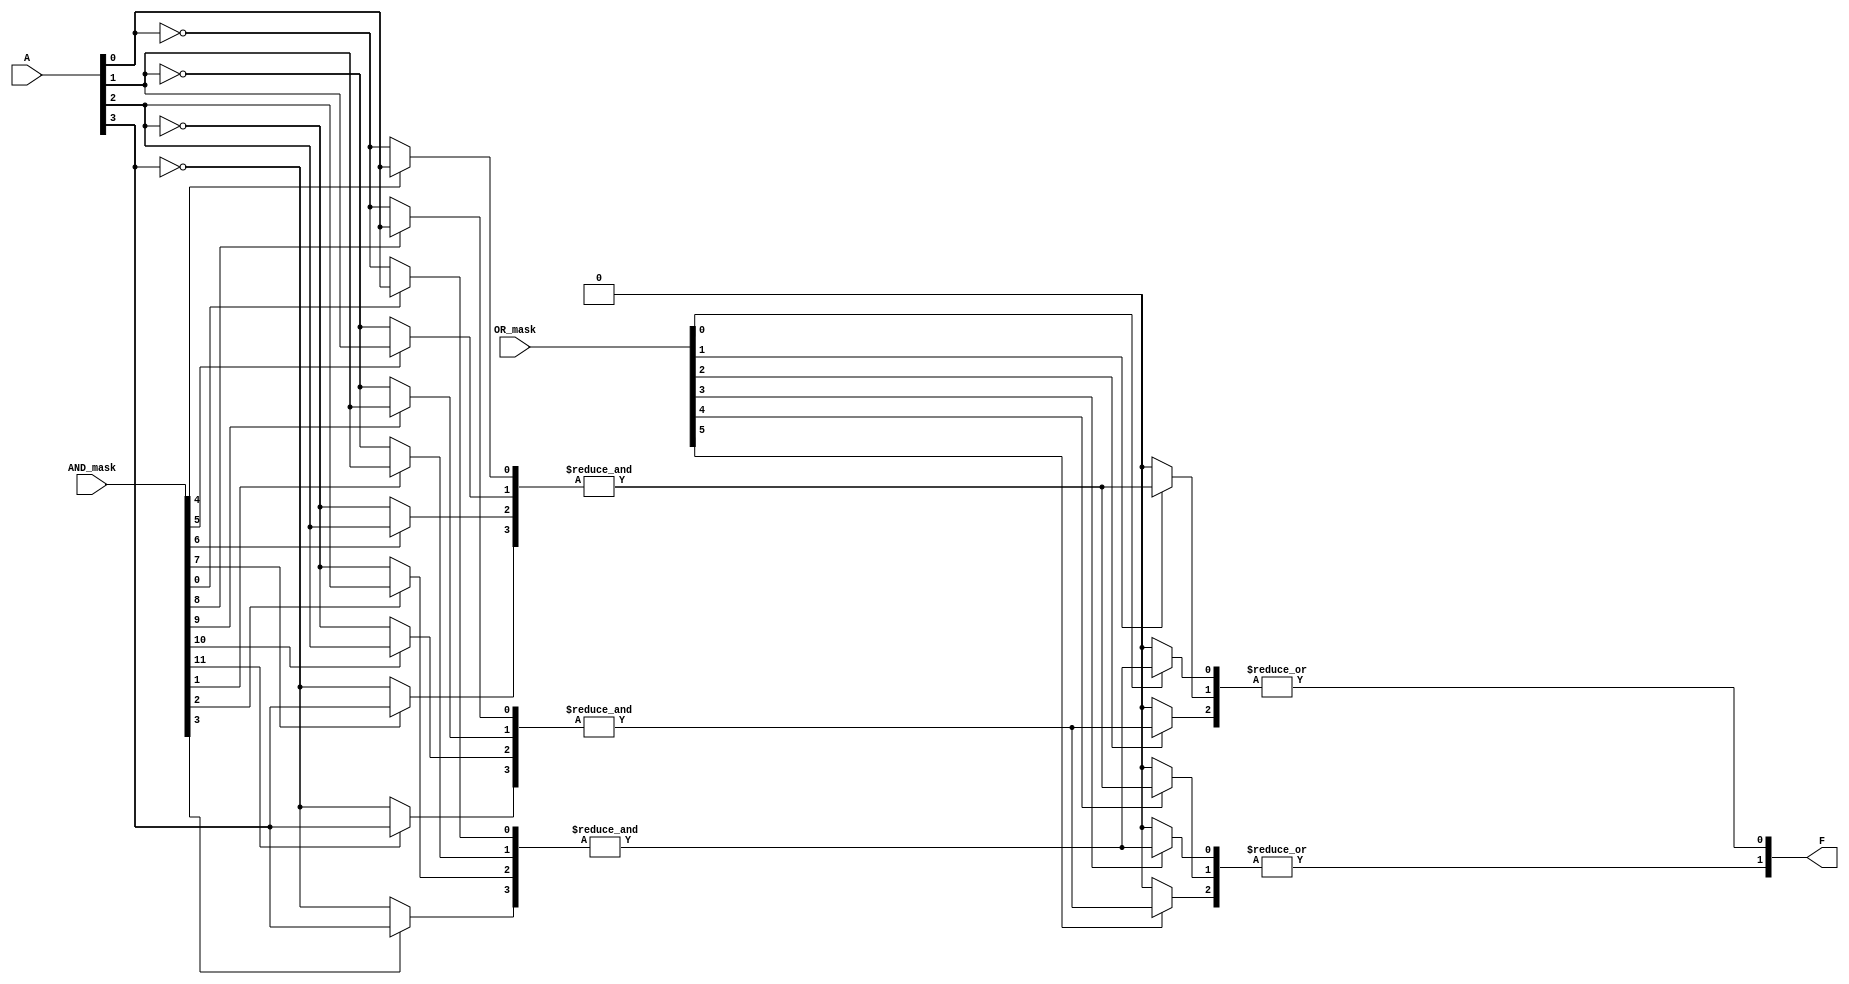
module programmable_logic_array #(parameter N = 4, // Number of inputs
                                 parameter M = 3, // Number of AND gates
                                 parameter P = 2  // Number of outputs
                                )
(
    input wire [N-1:0] A,       // Input signals
    input wire [M*N-1:0] AND_mask, // AND mask for connections
    input wire [P*M-1:0] OR_mask,   // OR mask for connections
    output wire [P-1:0] F         // Output functions
);

// Internal signals for the AND array outputs
wire [M-1:0] AND_out;

// Generate the AND gates based on the programmable connections
genvar i, j;

generate
    for (i = 0; i < M; i = i + 1) begin : and_gates
        wire [N-1:0] inputs;
        
        // Form inputs for each AND gate
        for (j = 0; j < N; j = j + 1) begin : inputs_select
            assign inputs[j] = (AND_mask[i*N + j]) ? A[j] : ~A[j]; // Direct or inverted input
        end
        
        // AND gate output
        assign AND_out[i] = &inputs; // AND all inputs
    end
endgenerate

// Generate the OR gates based on the programmable connections
generate
    for (i = 0; i < P; i = i + 1) begin : or_gates
        wire [M-1:0] or_inputs;
        
        // Form inputs for each OR gate
        for (j = 0; j < M; j = j + 1) begin : or_inputs_select
            assign or_inputs[j] = OR_mask[i*M + j] ? AND_out[j] : 1'b0; // Connection to AND outputs
        end
        
        // OR gate output
        assign F[i] = |or_inputs; // OR all inputs
    end
endgenerate

endmodule